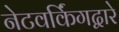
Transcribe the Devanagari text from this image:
नेटवर्किंगद्वारे